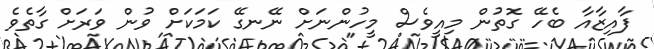
ފާއިޒާއާ ބެހޭ ގޮތުން މިއީވެސް މީހުންނަށް ނޭނގޭ ކަމަކަށް ވުން ވަރަށް ގާތެވެ